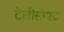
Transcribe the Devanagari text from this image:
टेलीसॉफ्ट